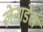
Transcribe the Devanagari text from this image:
लेन्गडेल